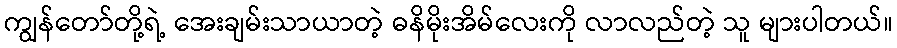
ကျွန်တော်တို့ရဲ့ အေးချမ်းသာယာတဲ့ ဓနိမိုးအိမ်လေးကို လာလည်တဲ့ သူ များပါတယ်။